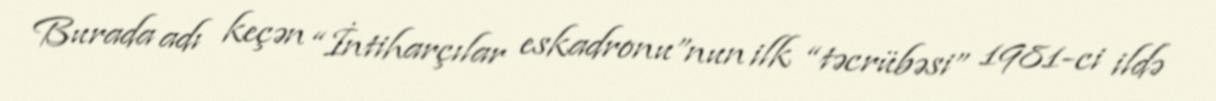
Burada adı keçən “İntiharçılar eskadronu”nun ilk “təcrübəsi” 1981-ci ildə